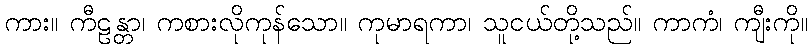
ကား။ ကီဠန္တာ၊ ကစားလိုကုန်သော။ ကုမာရကာ၊ သူငယ်တို့သည်။ ကာကံ၊ ကျီးကို။